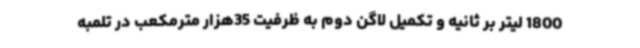
1800 لیتر بر ثانیه و تکمیل لاگن دوم به ظرفیت 35هزار مترمکعب در تلمبه